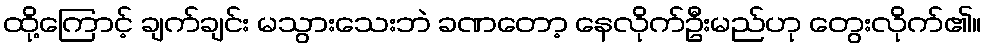
ထို့ကြောင့် ချက်ချင်း မသွားသေးဘဲ ခဏတော့ နေလိုက်ဦးမည်ဟု တွေးလိုက်၏။